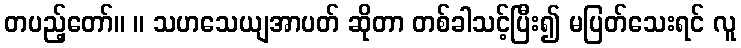
တပည့်တော်။ ။ သဟသေယျအာပတ် ဆိုတာ တစ်ခါသင့်ပြီး၍ မပြတ်သေးရင် လူ